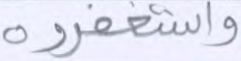
واستغفروه